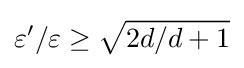
\varepsilon ^{\prime }/\varepsilon \geq {\sqrt {2d/d+1}}